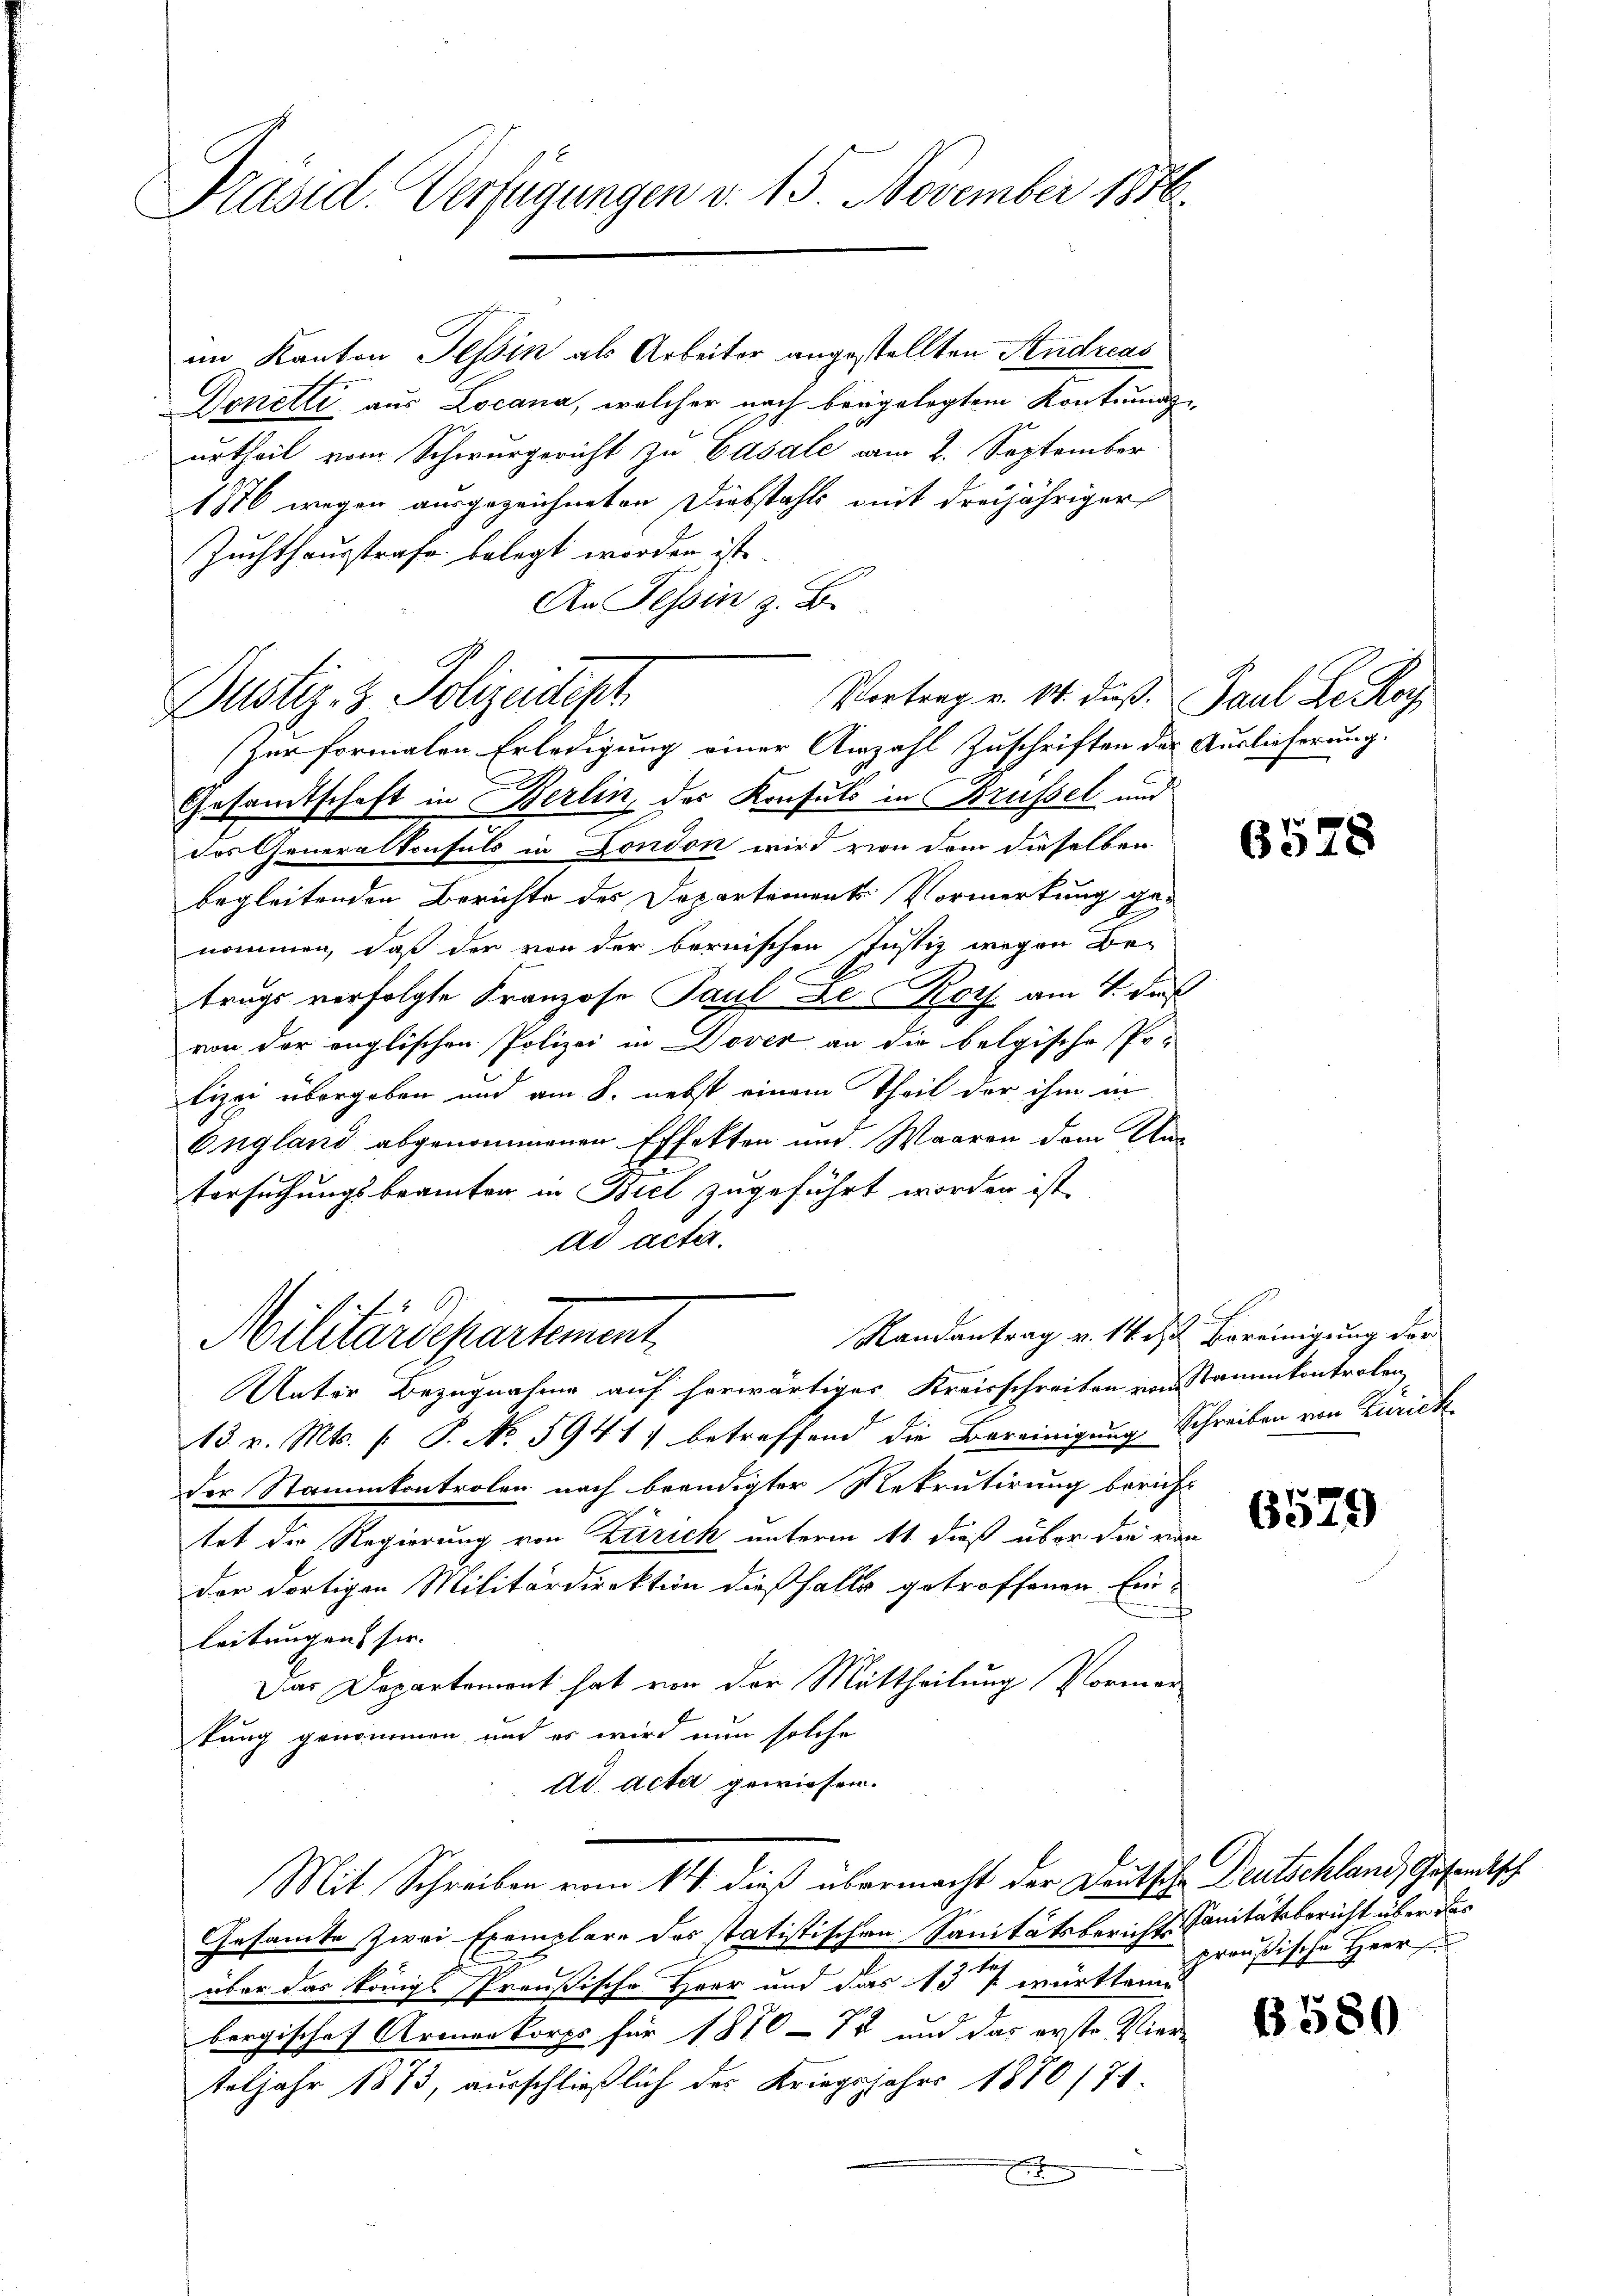
Präsid. Verfügungen v. 15. November 1846

im Kanton Tessin als Arbeiter angestellten Sendreas
Donette aus Locana, welcher nach beigelegtem Kontirung
urtheil vom Schwurgericht zu Casale am 2. September.
1776 wegen ausgezeichneten Diebstahls mit dreijähriger
Zuchthausstrafe belegt worden ist.
An Tessin z. B.
Gesamtschaft in Berlin, der Konsuls in Brüssel und
des Generalkonsuls in London wird von dem dieselben
begleitenden Berichte des Departements Vormerkung gan
nommen, daß der von der bernischen Justiz wegen Be-
trugs verfolgte Franzose Paul De Roth am 4. des
von der englischen Polizei in Dover an die belgische Po-
lizei übergeben und am 8. nebst einem Theil der ihm in
England abgenommenen Effekten und Waaren dem Aus
tersuchungsbeamten in Biel zugeführt worden ist.
ad acta.
Randantrag v. 14. d. Bereinigung der
Militärdepartement
Unter Bezugnahme auf herwärtiges Kreisschreiben von Stammkontrolen,
13. v. Mts. f. P. No. 5941) betreffend die Bereinigung Schreiben von Zürich
der Stammkontrolen nach beendigter Rekrutirung bericht
tet die Regierung von Zerrich unterm 11. dieß über die von
der dortigen Militärdirektion dießfalls getroffenen Ein-
leitungen sie.
Das Departement hat von der Mittheilung Vormer
tung genommen und es wird nun solche
dd acta gewiesen.
Mit Schreiben vom 14. dieß übermacht der Deutsche Deutschland, Gesandtsch
Gesamte Zwei Exemplare des statistischen Sanitätsberichts-Sanitätsbericht über das
über das königl. Preußische Herr und das 13ten württem
bergischef Armenkorps für 1870 - 70 und das erste Vier-
teljahr 1873, ausschließlich der Kriegsjahrs 1870/71
x

Vortrag v. 14. dieß. Paul Le Ro
Dustiz- & Polizeidesh
(zur formalen Erledigung einer Anzahl Zuschriften der Auslieferung.

6528

6579

preußische Herr

1580